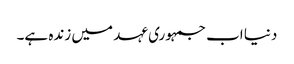
دنیا اب جمہوری عہد میں زندہ ہے۔